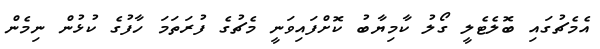
އެމެޗުގައި ބޮލެޓެލީ ގޯލު ކާމިޔާބު ކޮށްފައިވަނީ މެޗުގެ ފުރަތަމަ ހާފުގެ ކުޅުން ނިމެން